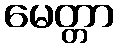
မေတ္တာ